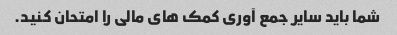
شما باید سایر جمع آوری کمک های مالی را امتحان کنید.